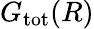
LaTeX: G_{\mathrm{tot}}(R)